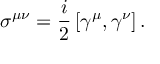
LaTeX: \sigma ^ { \mu \nu } = { \frac { i } { 2 } } \left[ \gamma ^ { \mu } , \gamma ^ { \nu } \right] .